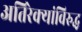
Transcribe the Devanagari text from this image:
अतिरेक्यांविरुद्ध